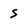
Character: s